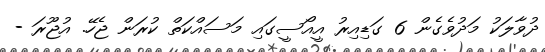
ދުވާލަކު މަދުވެގެން 6 ގަޑިއިރު އީއޯސީގައި މަސައްކަތް ކުރަން ޖެހޭ. އުޖޫރަ -